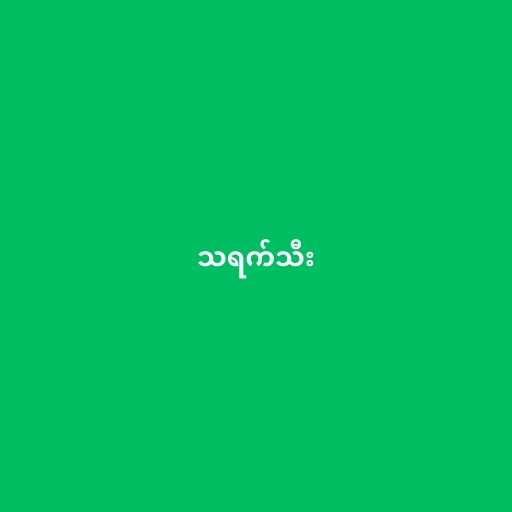
သရက်သီး